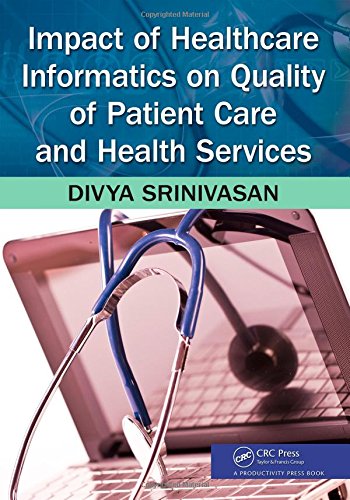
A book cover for Impact of Healthcare Informatics on Quality of Patient Care and Health Services; Divya Srinivasan Sridhar; Medical Books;